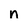
Character: n